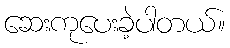
ဆေးကုပေးခဲ့ပါတယ်။